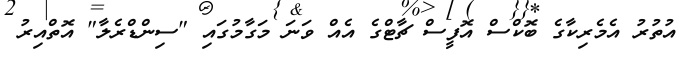
އުތުރު އެމެރިކާގެ ބޮކްސް އޮފީސް ޗާޓްގެ އެއް ވަނަ މަގާމުގައި "ސިންޑްރެލާ" އޮތްއިރު